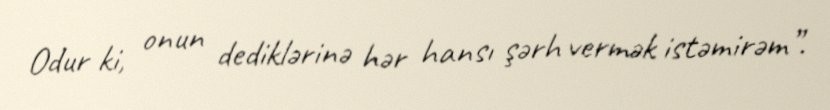
Odur ki, onun dediklərinə hər hansı şərh vermək istəmirəm”.